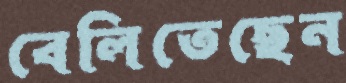
বেলিতেছেন